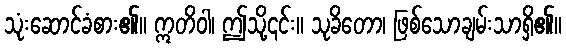
သုံးဆောင်ခံစား၏။ ဣတိဝါ၊ ဤသို့၎င်း။ သုခိတော၊ ဖြစ်သောချမ်းသာရှိ၏။